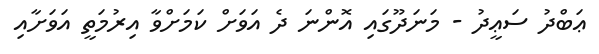
ޢަބްދު ސަޢީދު - މަނަދޫގައި އޮންނަ ދެ އަވަށް ކަމަށްވާ އިރުމަތީ އަވަށާއި